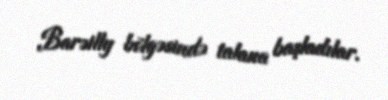
Barəilly bölgəsində talana başladılar.